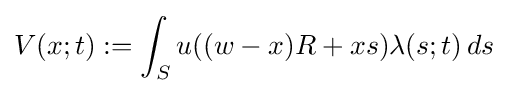
V(x;t):=\int _{S}u((w-x)R+xs)\lambda (s;t)\,ds